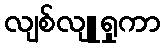
လျစ်လျူရှုကာ